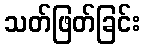
သတ်ဖြတ်ခြင်း